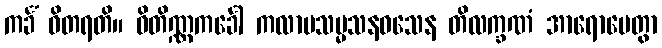
ကင်္ခံ ဝိတရတိ။ ဝိတိဏ္ဏကင်္ခေါ ကလာပသမ္မသနဝသေန တိလက္ခဏံ အာရောပေတွာ